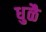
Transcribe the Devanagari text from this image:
धुळै